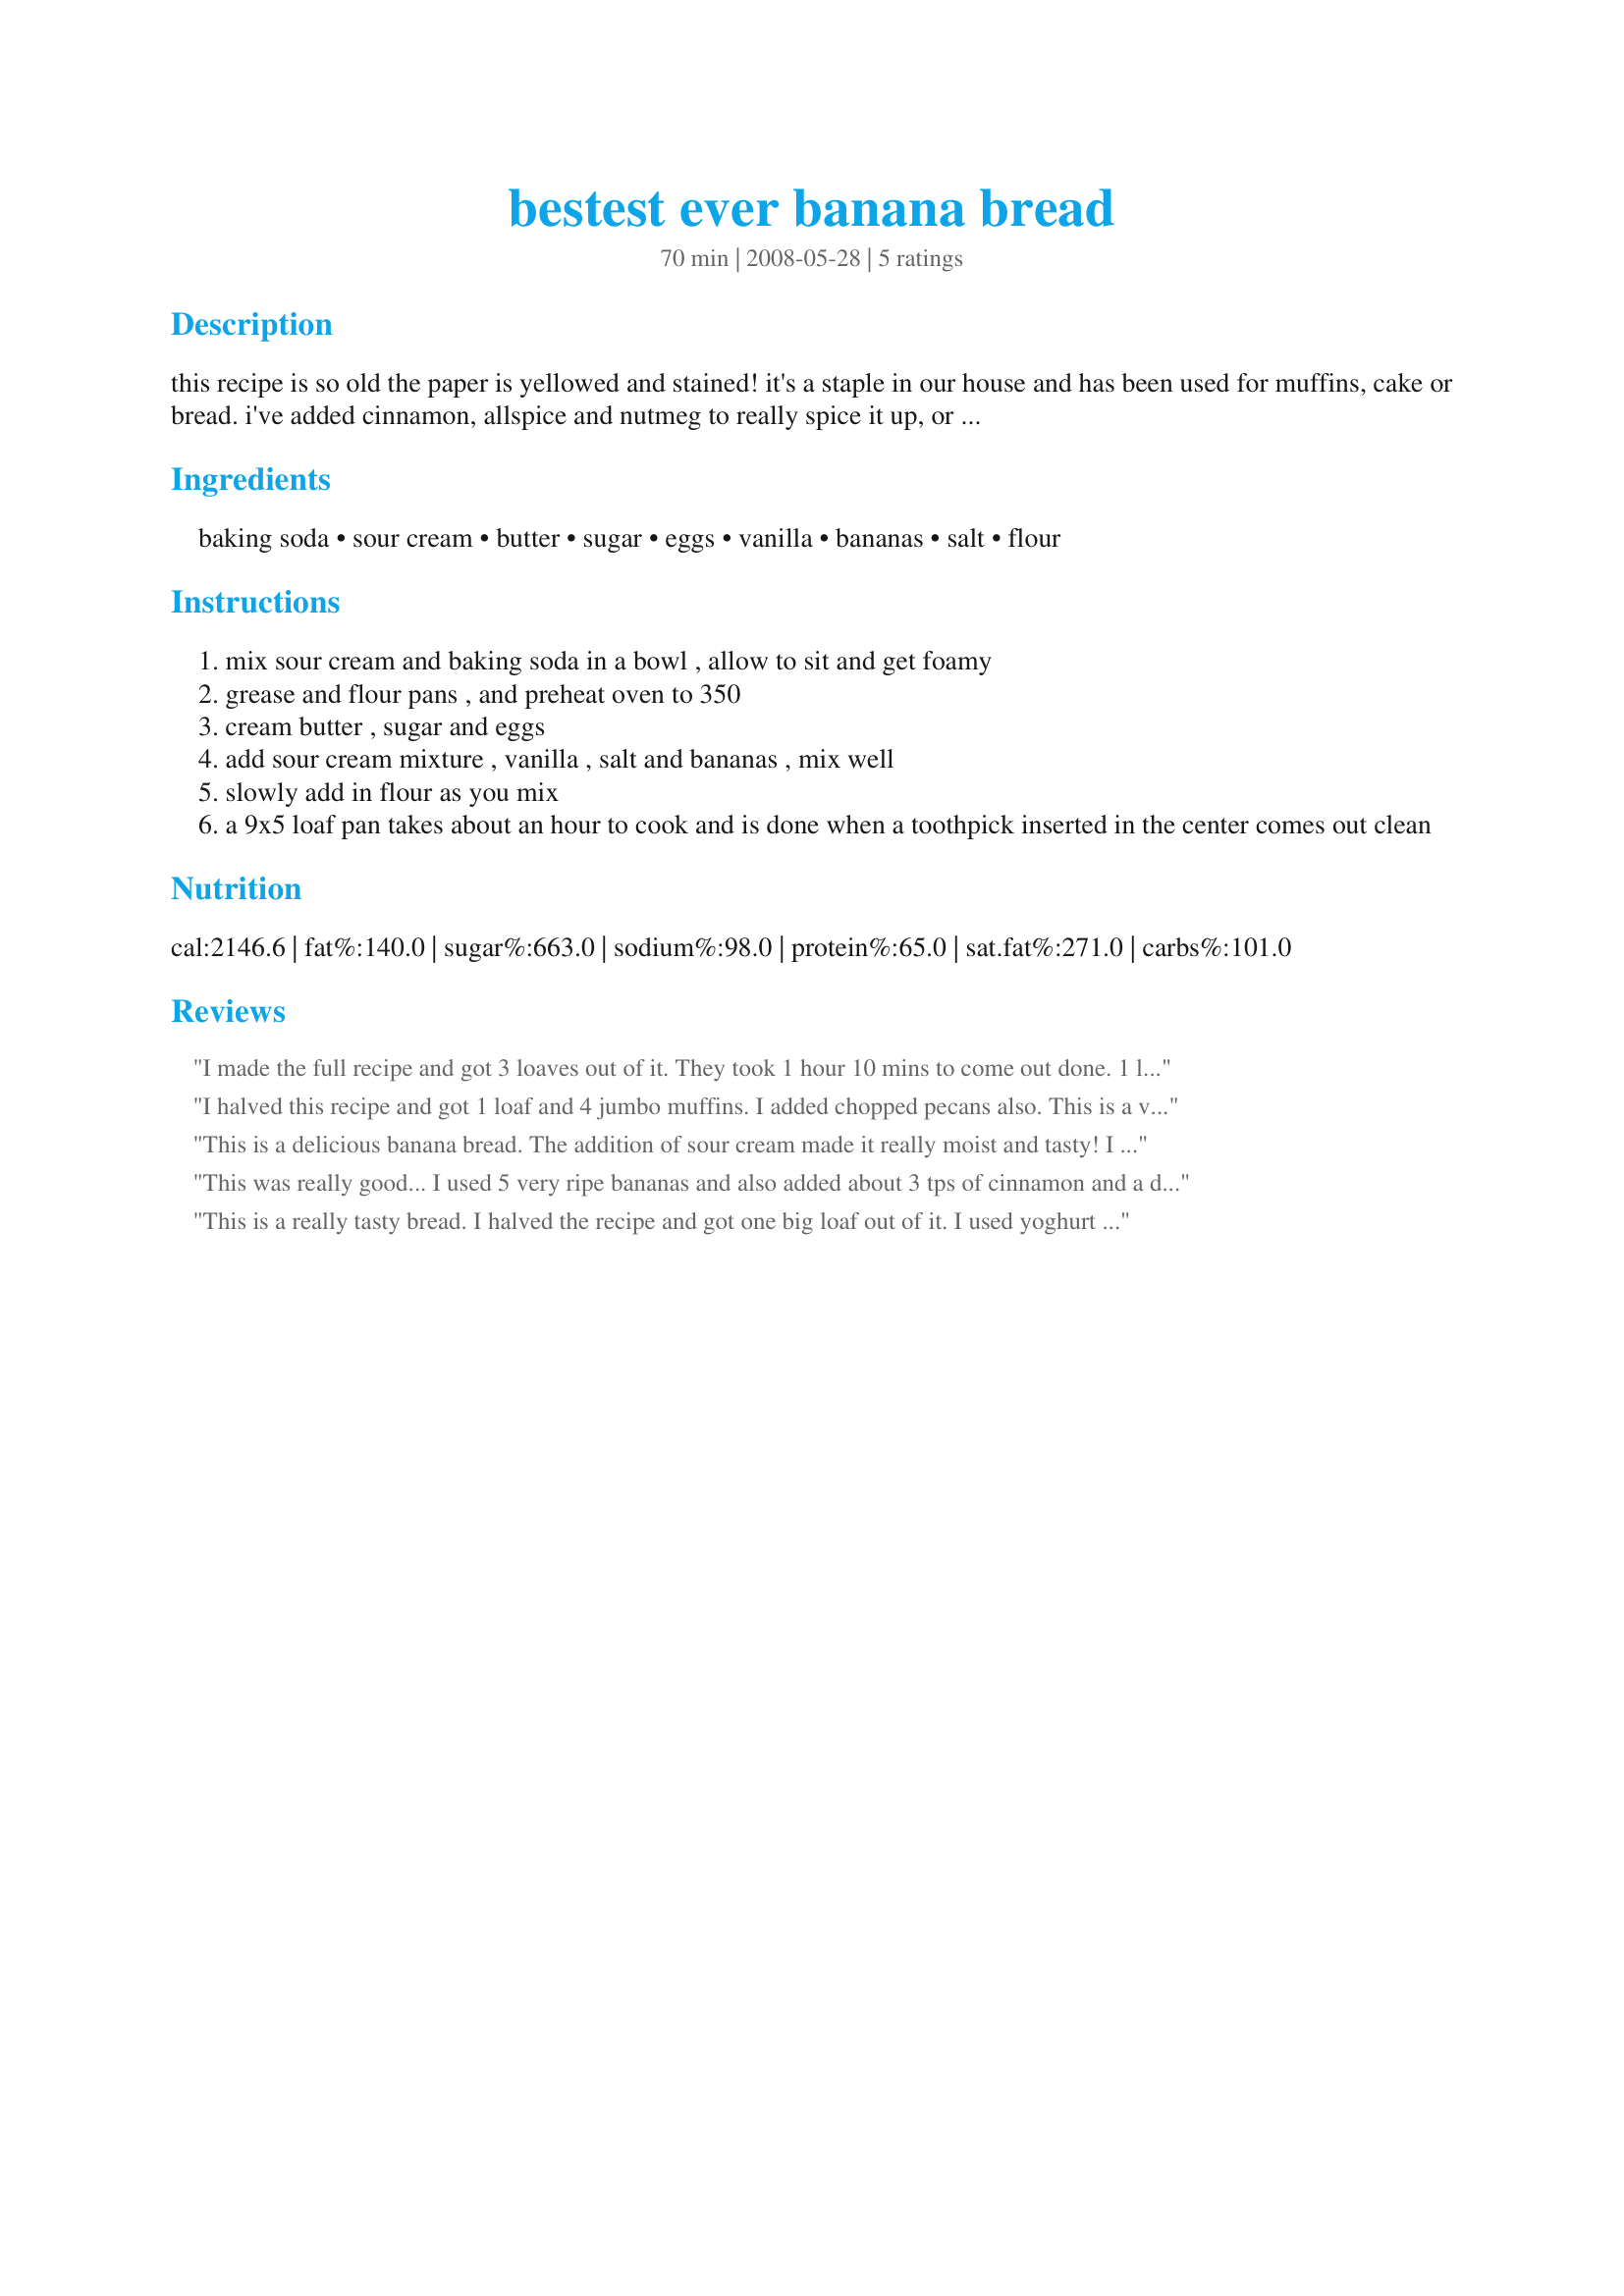
bestest ever banana bread
Preparation time: 70 minutes

this recipe is so old the paper is yellowed and stained! it's a staple in our house and has been used for muffins, cake or bread. i've added cinnamon, allspice and nutmeg to really spice it up, or chocolate chips and nuts to make a special treat. it's always a huge hit and freezes well. it's moist, light and fluffy. this will make 4 loaves, so you may want to half it. but i like making two loaves and then a bunch of muffins, one loaf will get delivered to a neighbor, the other devoured by the kids and the muffins get frozen and pulled out for breakfast treats.

Ingredients:
baking soda, sour cream, butter, sugar, eggs, vanilla, bananas, salt, flour

Steps:
mix sour cream and baking soda in a bowl , allow to sit and get foamy
grease and flour pans , and preheat oven to 350
cream butter , sugar and eggs
add sour cream mixture , vanilla , salt and bananas , mix well
slowly add in flour as you mix
a 9x5 loaf pan takes about an hour to cook and is done when a toothpick inserted in the center comes out clean

Reviews:
I made the full recipe and got 3 loaves out of it. They took 1 hour 10 mins to come out done. 1 loaf is already gone so I'll have to rush one into the freezer before the 2 left dissapear! It was a very interesting way to make it. I've never heard of sour cream in banana bread before. Even with 5 bananas, I didn't find it had enough flavor though, so next time I'll be adding cinnamon or something to it.
I halved this recipe and got 1 loaf and 4 jumbo muffins. I added chopped pecans also. This is a very unique way to make banana bread but very delicious. It's very light, moist and yummy. The loaf was done in 55 minutes. I didn't time the muffins, as I put them in the oven at the same time as the loaf and did not set a timer for them. I sent the loaf over to my MIL's and kept the muffins for me (Buddha is not crazy for banana bread). Next time I would definitely add some spice, as in the description, and maybe some ground ginger too. Thanks for sharing your recipe.
This is a delicious banana bread. The addition of sour cream made it really moist and tasty! I halved the recipe and got 2 smaller loaves. This is definately a recipe I will be making again and again.
This was really good... I used 5 very ripe bananas and also added about 3 tps of cinnamon and a dash of nutmeg... The flavor was perfect.... I just took the muffins out of the oven.... I'm preparing three loaves and a dozen muffins from the whole recipe..... I hope to get some good pictures as soon as the loaves are finished.... Thanks so much for sharing....
This is a really tasty bread. I halved the recipe and got one big loaf out of it. I used yoghurt instead of sour cream and it seemed to do the job fine. Thanks!
